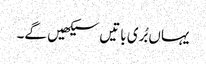
یہاں بُری باتیں سیکھیں گے۔